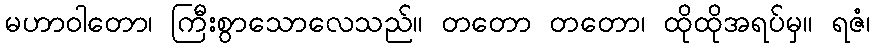
မဟာဝါတော၊ ကြီးစွာသောလေသည်။ တတော တတော၊ ထိုထိုအရပ်မှ။ ရဇံ၊